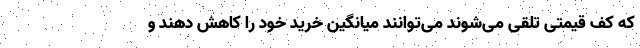
که کف قیمتی تلقی می‌شوند می‌توانند میانگین خرید خود را کاهش دهند و